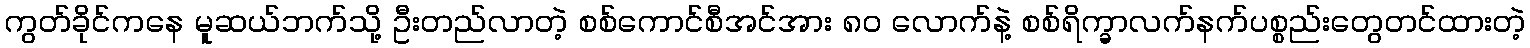
ကွတ်ခိုင်ကနေ မူဆယ်ဘက်သို့ ဦးတည်လာတဲ့ စစ်ကောင်စီအင်အား ၈၀ လောက်နဲ့ စစ်ရိက္ခာလက်နက်ပစ္စည်းတွေတင်ထားတဲ့